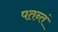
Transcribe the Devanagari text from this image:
पतन्तं